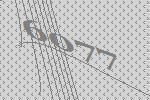
6077